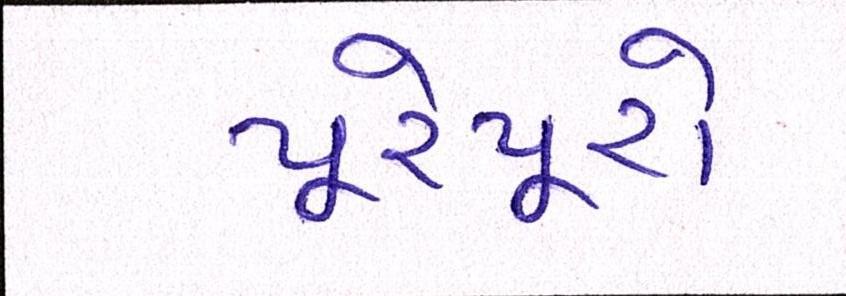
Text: પૂરેપૂરો